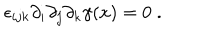
LaTeX: \epsilon _ { i j k } \partial _ { i } \partial _ { j } \partial _ { k } \gamma ( x ) = 0 \; .